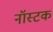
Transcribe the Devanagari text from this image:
नॉस्टक